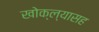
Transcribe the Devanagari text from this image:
खोक्ल्यासह